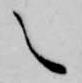
之